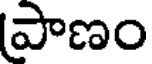
పాణం